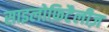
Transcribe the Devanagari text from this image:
साइलोफ़िटैलीज़